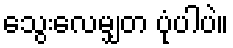
သွေးလေမျှတ ပုံပါပဲ။